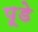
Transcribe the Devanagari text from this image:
पूडे